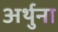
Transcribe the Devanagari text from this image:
अर्थुना